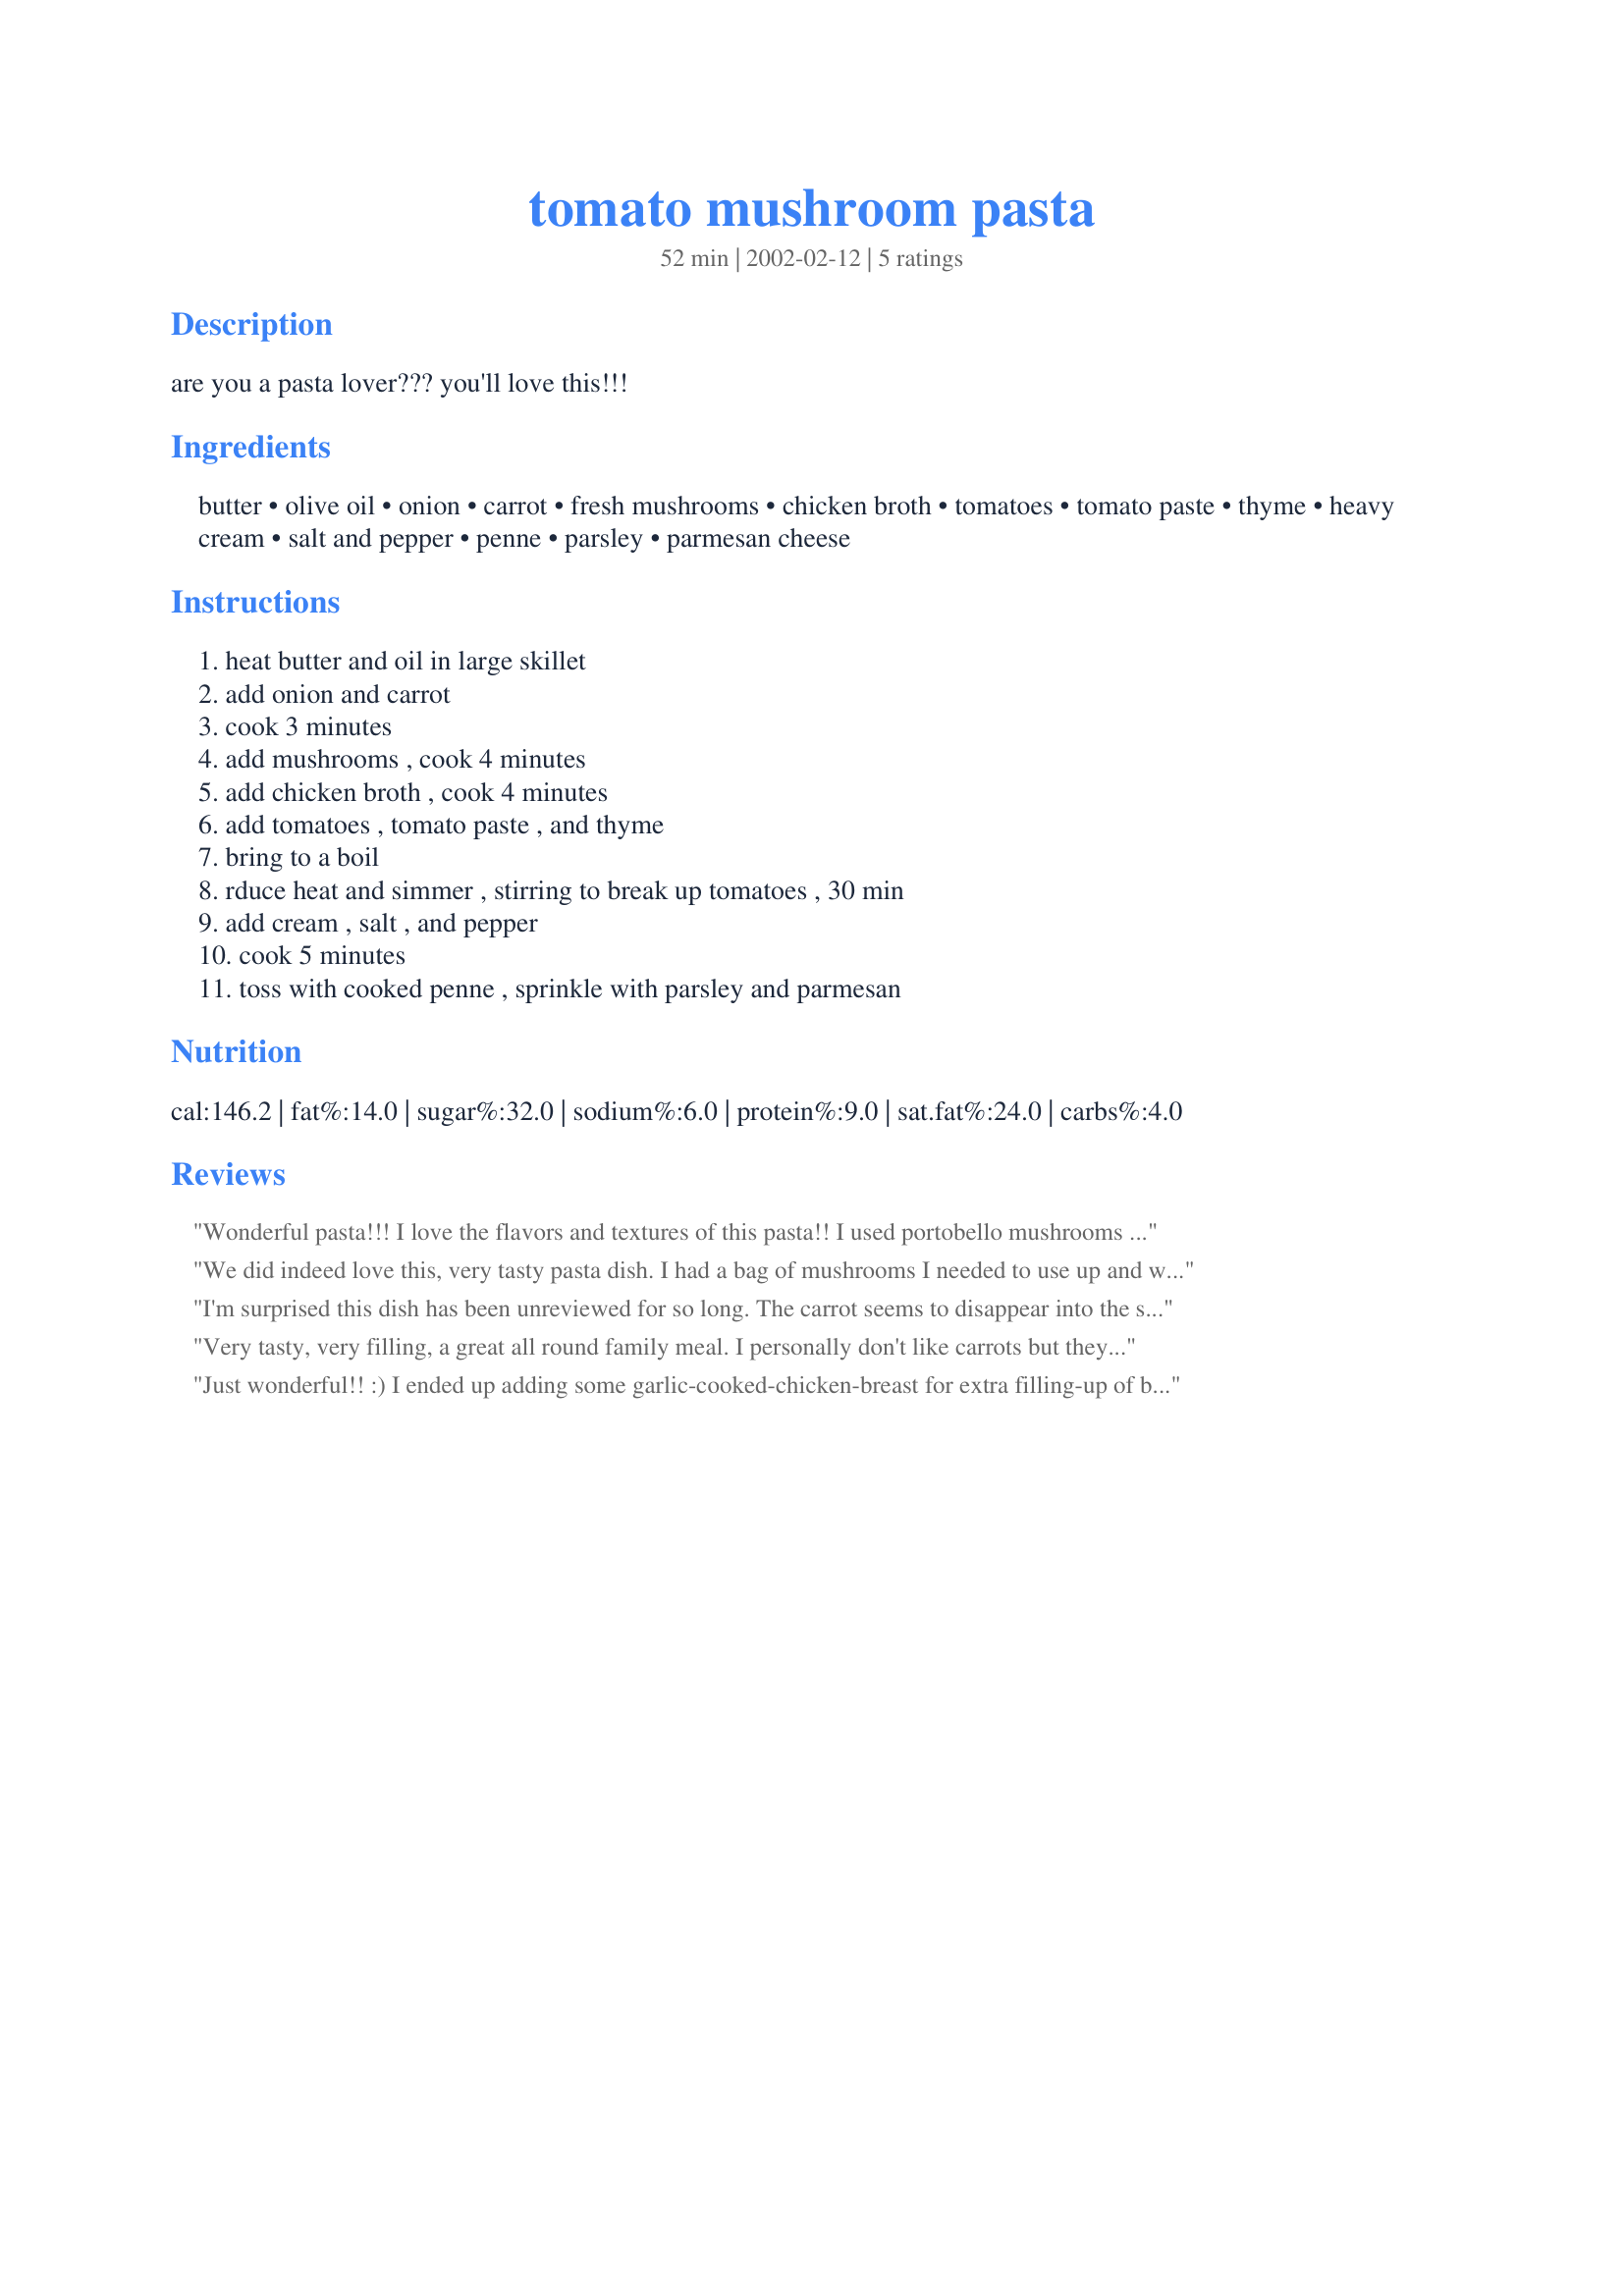
tomato mushroom pasta
Preparation time: 52 minutes

are you a pasta lover??? you'll love this!!!

Ingredients:
butter, olive oil, onion, carrot, fresh mushrooms, chicken broth, tomatoes, tomato paste, thyme, heavy cream, salt and pepper, penne, parsley, parmesan cheese

Steps:
heat butter and oil in large skillet, add onion and carrot, cook 3 minutes, add mushrooms , cook 4 minutes, add chicken broth , cook 4 minutes, add tomatoes , tomato paste , and thyme, bring to a boil, rduce heat and simmer , stirring to break up tomatoes , 30 min, add cream , salt , and pepper, cook 5 minutes, toss with cooked penne , sprinkle with parsley and parmesan

Reviews:
Wonderful pasta!!! I love the flavors and textures of this pasta!! I used portobello mushrooms and fire-roasted tomatoes. Also, mini penne and I threw in red pepper flakes when I was seasoning my mix along the way. Since I used the fire-roasted tomatoes which are already chopped up, I just cooked my sauce until the liquid had cooked and evaporated away and that only took 15 minutes. Love the richness that the cream adds!! Thanks for this wonderful recipe!!
We did indeed love this, very tasty pasta dish. I had a bag of mushrooms I needed to use up and went hunting for a pasta dish to use them up in, I was rewarded with this wonderful recipe that will definitly be made again in the future.
Delicious!
I'm surprised this dish has been unreviewed for so long.
The carrot seems to disappear into the sauce so if you have fussy kids, this could be useful way of sneaking the C vegetable into them. I used a vegetarian "chicken" broth but otherwise prpared the recipe as is.
Very tasty, very filling, a great all round family meal. I personally don't like carrots but they do give a great flavour in this recipe. I added slightly more cream as it needed using up. Instead of slicing my mushrooms I quartered them.
Just wonderful!! :) I ended up adding some garlic-cooked-chicken-breast for extra filling-up of bellies, which went perfectly with the tomato/parmesan of the pasta. I will be making this again!
